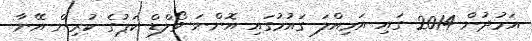
އަމުދުން 2014 ގައި އަމިއްލަ ގައުމުގައި އޮންނަ ވޯލްޑް ކަޕުގެ ކުރިން އޭނާ